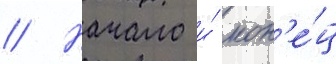
// Начало и́ кон'е́ц